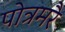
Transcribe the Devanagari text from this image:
पोत्रमरै